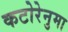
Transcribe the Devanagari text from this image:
कटोरेनुमा